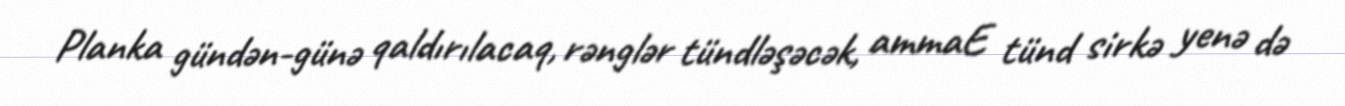
Planka gündən-günə qaldırılacaq, rənglər tündləşəcək, ammaE tünd sirkə yenə də